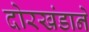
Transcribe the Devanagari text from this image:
दोरखंडाने